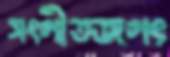
সংগীতজগৎ